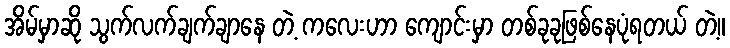
အိမ်မှာဆို သွက်လက်ချက်ချာနေ တဲ့ ကလေးဟာ ကျောင်းမှာ တစ်ခုခုဖြစ်နေပုံရတယ် တဲ့။